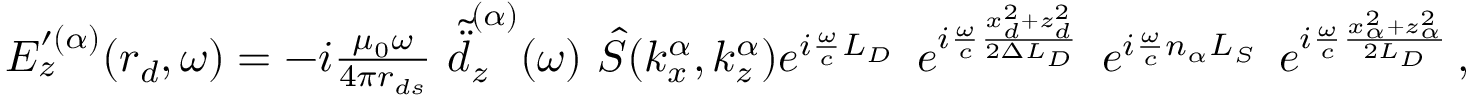
\begin{array} { r } { E _ { z } ^ { \prime ( \alpha ) } ( \boldsymbol { r } _ { d } , \omega ) = - i \frac { \mu _ { 0 } \omega } { 4 \pi r _ { d s } } \, \, \tilde { \ddot { d } } _ { z } ^ { ( \alpha ) } ( \omega ) \, \, \hat { S } ( k _ { x } ^ { \alpha } , k _ { z } ^ { \alpha } ) e ^ { i \frac { \omega } { c } L _ { D } } \, \, \, e ^ { i \frac { \omega } { c } \frac { x _ { d } ^ { 2 } + z _ { d } ^ { 2 } } { 2 \Delta L _ { D } } } \, \, \, e ^ { i \frac { \omega } { c } n _ { \alpha } L _ { S } } \, \, \, e ^ { i \frac { \omega } { c } \frac { x _ { \alpha } ^ { 2 } + z _ { \alpha } ^ { 2 } } { 2 L _ { D } } } \, , \quad } \end{array}